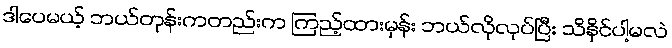
ဒါပေမယ့် ဘယ်တုန်းကတည်းက ကြည့်ထားမှန်း ဘယ်လိုလုပ်ပြီး သိနိုင်ပါ့မလဲ